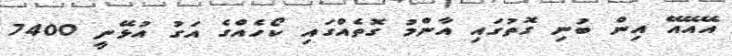
އޭއޭއޭ އިން ބުނި ގޮތުގައި އާންމު ގޮތެއްގައި ކޯހެއްގެ އަގު އުޅޭނީ 7400